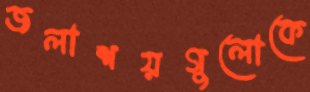
জলাশয়গুলোকে